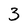
Character: 3